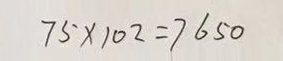
7 5 \times 1 0 2 = 7 6 5 0